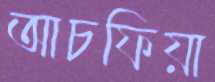
আচফিয়া